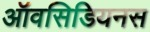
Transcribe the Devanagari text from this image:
ऑवसिडियनस